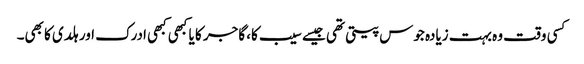
کسی وقت وہ بہت زیادہ جوس پیتی تھی جیسے سیب کا، گاجر کا یا کبھی کبھی ادرک اور ہلدی کا بھی۔